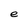
Character: e